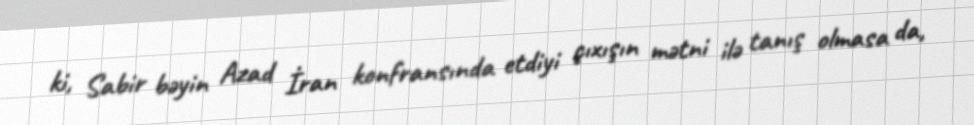
ki, Sabir bəyin Azad İran konfransında etdiyi çıxışın mətni ilə tanış olmasa da,